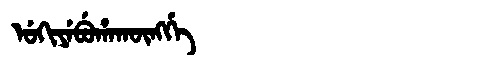
Manchu: ᡠᡴᡳᠶᡝᠪᡠᡥᠠᡴᡡᠩᡤᡝ
Romanization: UKIYEBUHAKŪNGGE